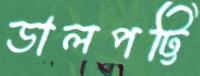
ডালপট্টি